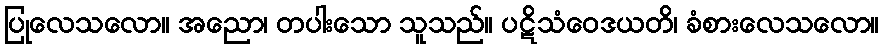
ပြုလေသလော။ အညော၊ တပါးသော သူသည်။ ပဋိသံဝေဒယတိ၊ ခံစားလေသလော။